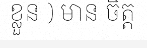
ខ្លួន ) មាន ចិត្ត